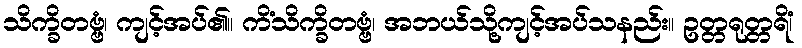
သိက္ခိတဗ္ဗံ၊ ကျင့်အပ်၏။ ကိံသိက္ခိတဗ္ဗံ၊ အဘယ်သို့ကျင့်အပ်သနည်း။ ဥတ္တရုတ္တရိံ၊